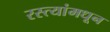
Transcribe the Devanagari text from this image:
रस्त्यांमधून